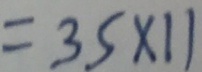
= 3 5 \times 1 1